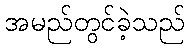
အမည်တွင်ခဲ့သည်